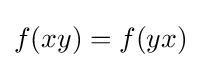
f(xy)=f(yx)